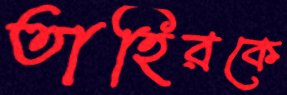
তাহিরকে